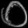
Digit: ၀